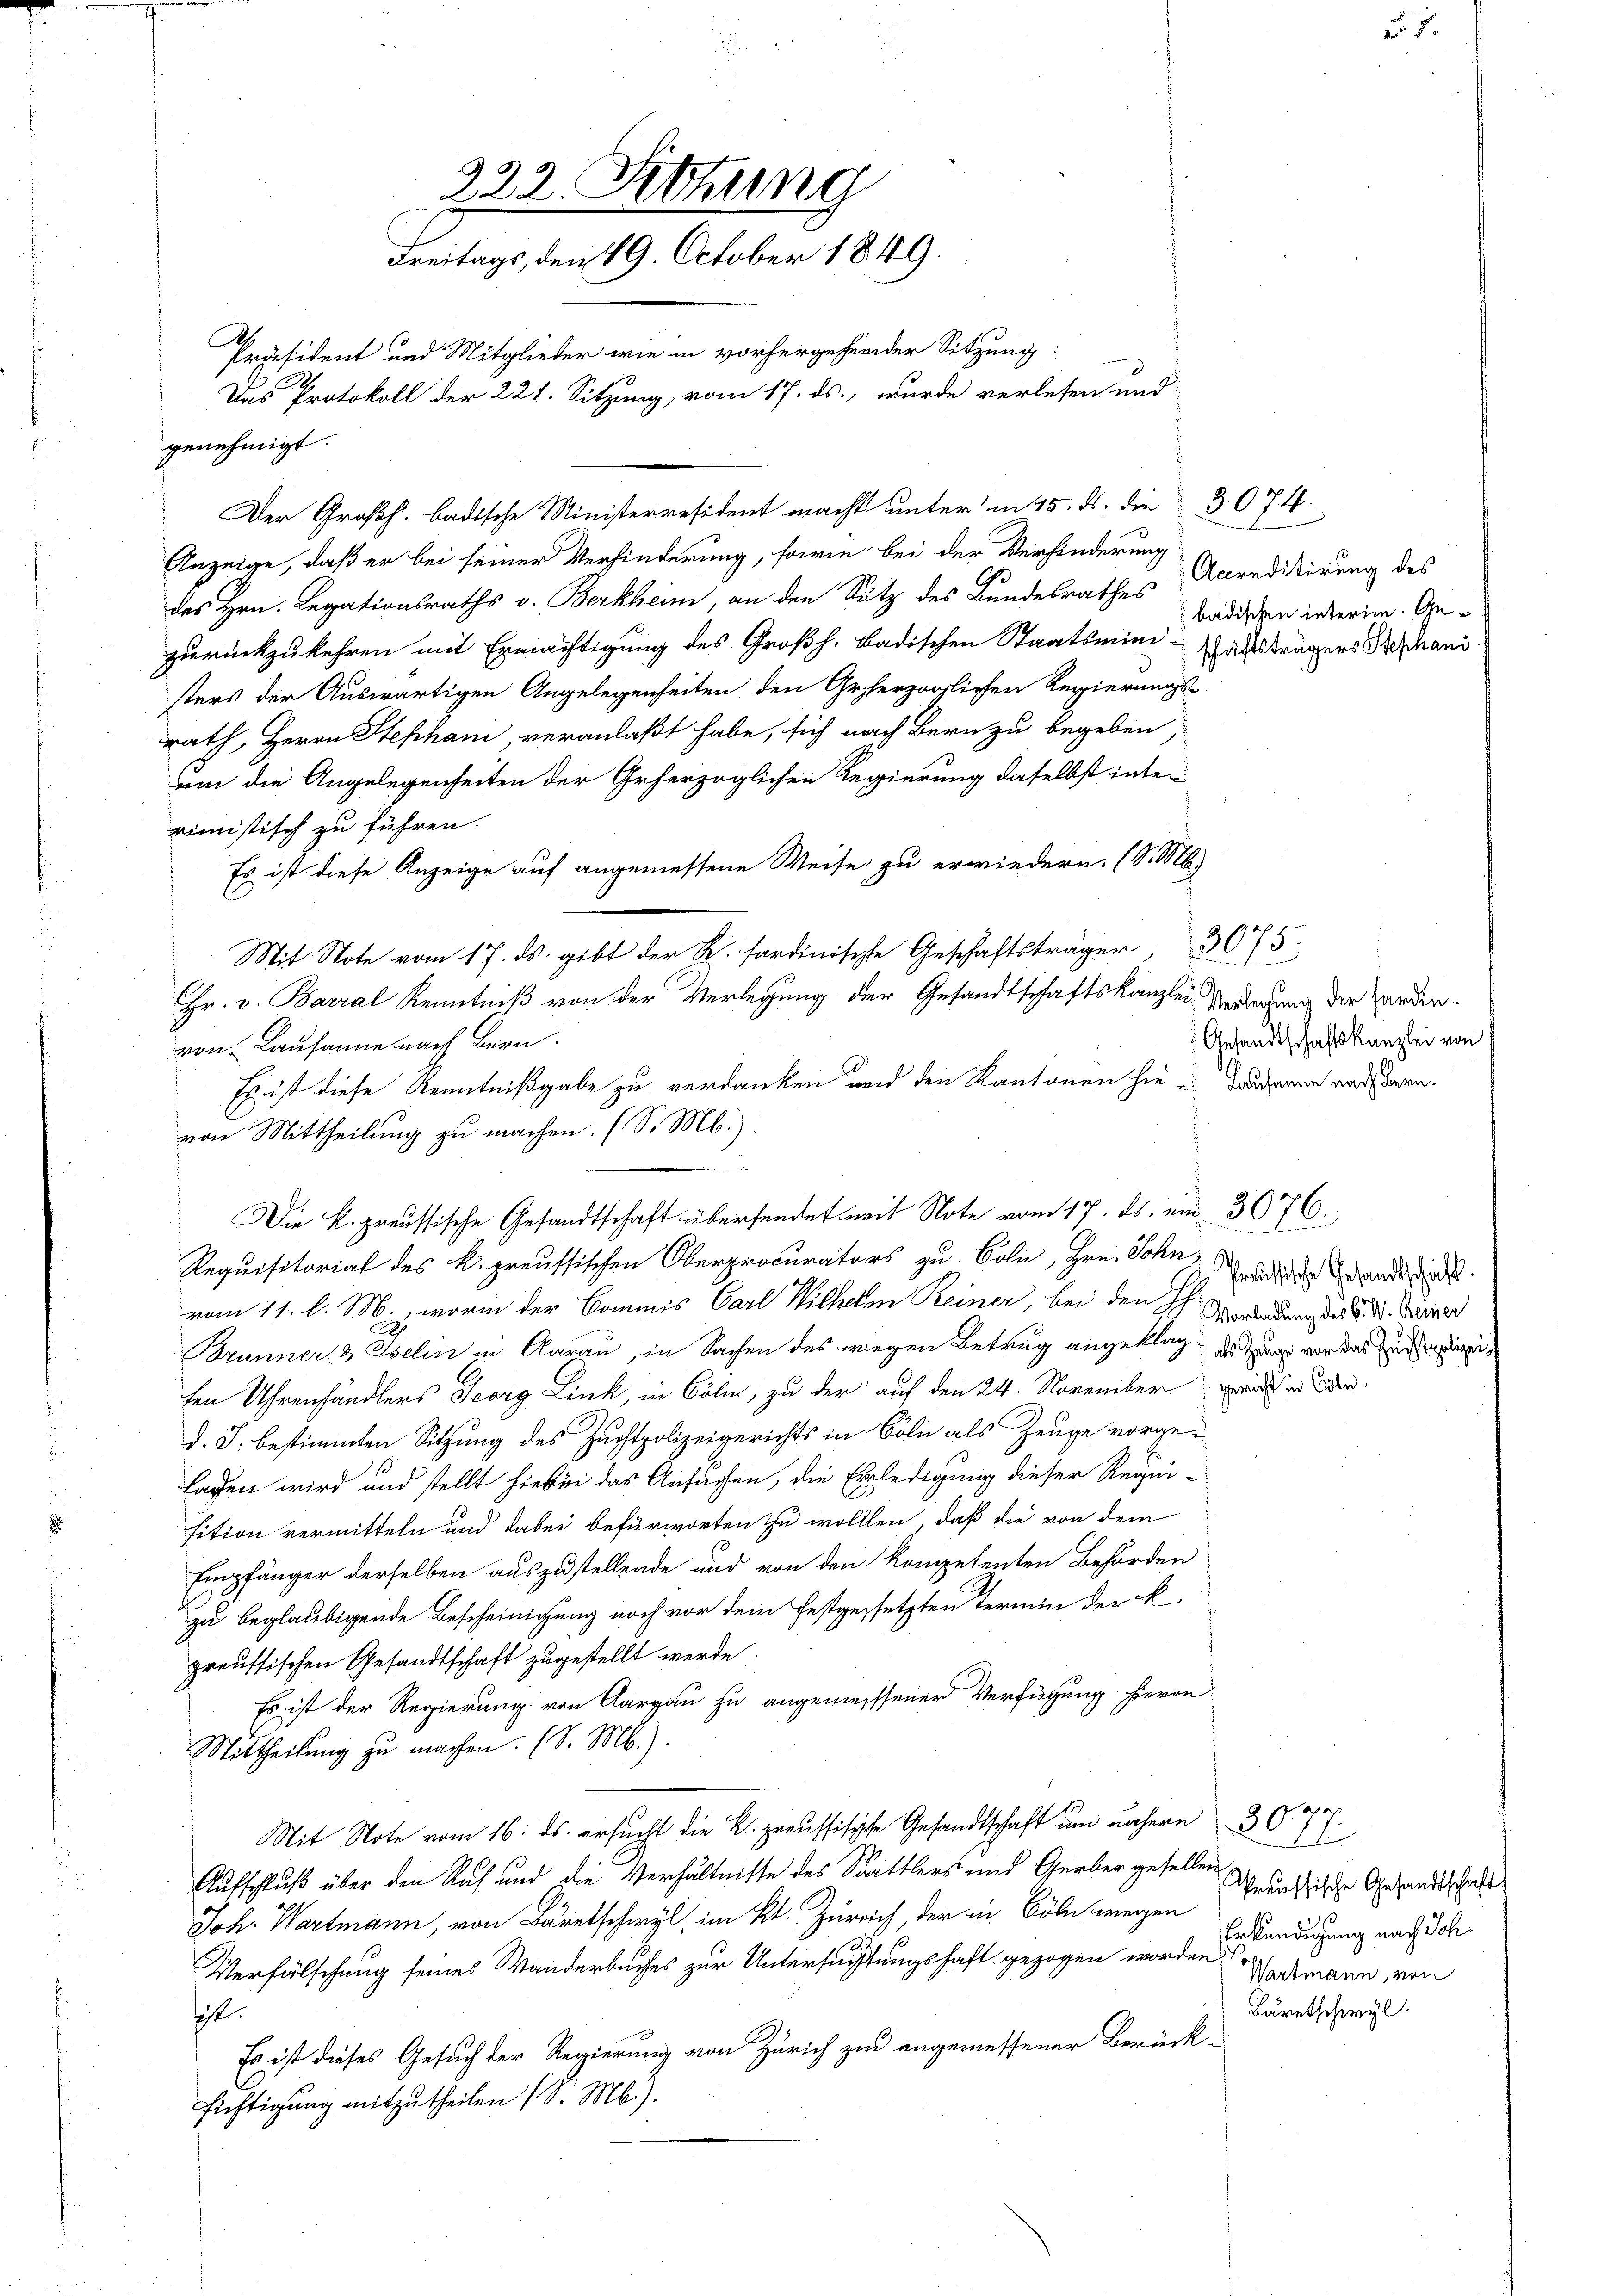
Anzeige, daß er bei seiner Verhinderung, sowie bei der Verhinderung
des Hrn. Legationsraths v. Berkheim, an den Sitz des Bundesrathes Accredidierung des
zurückzukehren mit Ermächtigung des Großh. badischen Staatsmini-Gaststrägers Sophani
sters der Auswärtigen Angelegenheiten den Geherzoglichen Regierungs-
rath, Herrn Stephan, veranlaßt habe, sich nach Bern zu begeben,
uum die Angelegenheiten der Geherzoglichen Regierung daselbst inten
rimistisch zu führen.
Es ist diese Anzeige auf angemessene Weise zu erwiedern. (S. M.)
Requisitoriat des K. preussischen Oberprocurators zu beln, Hrn. Sohn, die Gesandt hat.
vom 11. l. M., worin der Commis Carl Wilhelm Reiner, bei den Hch. Gendung der §. 2. Deiner
Brunner & Iselin in Aarau, in Sachen des wegen Betrug angeklag der vor das Eidge
ten Uhrenhändlers Georg Link, in Cöln, zu der auf den 24. November
d. J. bestimmten Sitzung des Zuchtpolizeigerichts in Cöln als Zeuge vorgelagen wird und stellt hiebei das Ansuchen, die Erledigung dieser Requi-
sition vermitteln und dabei befürworten zu wollten, daß die von dem
Empfänger derselben auszustellende und von den kompetenten Behörden
zu beglaubigende Bescheinigung noch vor dem festgesetzten Termin der k.
preussischen Gesandtschaft zugestellt werde.
Es ist der Regierung von Aargau zu angemeissener Verfügung hievon
Mittheilung zu machen. (S. M.).
i Ns. ersŭcht die Gesandtschaft um nähern 36. 77.
Aufschluß über den Ruf und die Verhältnisse des Sittlers und Gerbergesellen
Joh. Wartmann, von Bäretschwyl, im Kt. Zürich, der in Cöln wegen
Verfälschung seines Wanderbuches zur Untersuchtungshaft gezogen worden
st.
Es ist dieses Gesuch der Regierung von Zürich zur angemessener Berück-
fichtigung mitzutheilen (S. M.).

222. Sittung
Freitags, den 19. October 1849
Präsident und Mitglieder wie in vorhergehender Sitzung:
Das Protokoll der 221. Sitzung, vom 17. ds., wurde verlesen und

genehmigt.

Der Großh. badische Ministerresident macht unterm 15. ds. die 3074.

Mit Note vom 17. ds. gibt der R. sardinische Geschaftsträger, 3075
Hr. v. Barral Kenntniß von der Verlegung der Gesandtschaftskanzlei Verlegung der Herden.
von Lausanne nach Bern.
Es ist diese Kenntnißgabe zu verdanken und den Kantonen hie u Bruderne nachdern.
von Mittheilung zu machen. (S. M.)
Die K. preussische Gesandtschaft übersendet mit Note vom 17. ds. am 3076.

bädischen interim. Ge¬

Gesandtschaftskanzlei von

u

t in Cöln

e
Preussische Gesandtschaft
Erkundigung nach Joh.
Wartmann, von
Bäretschwyl